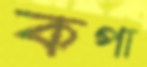
কপা